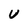
Character: U